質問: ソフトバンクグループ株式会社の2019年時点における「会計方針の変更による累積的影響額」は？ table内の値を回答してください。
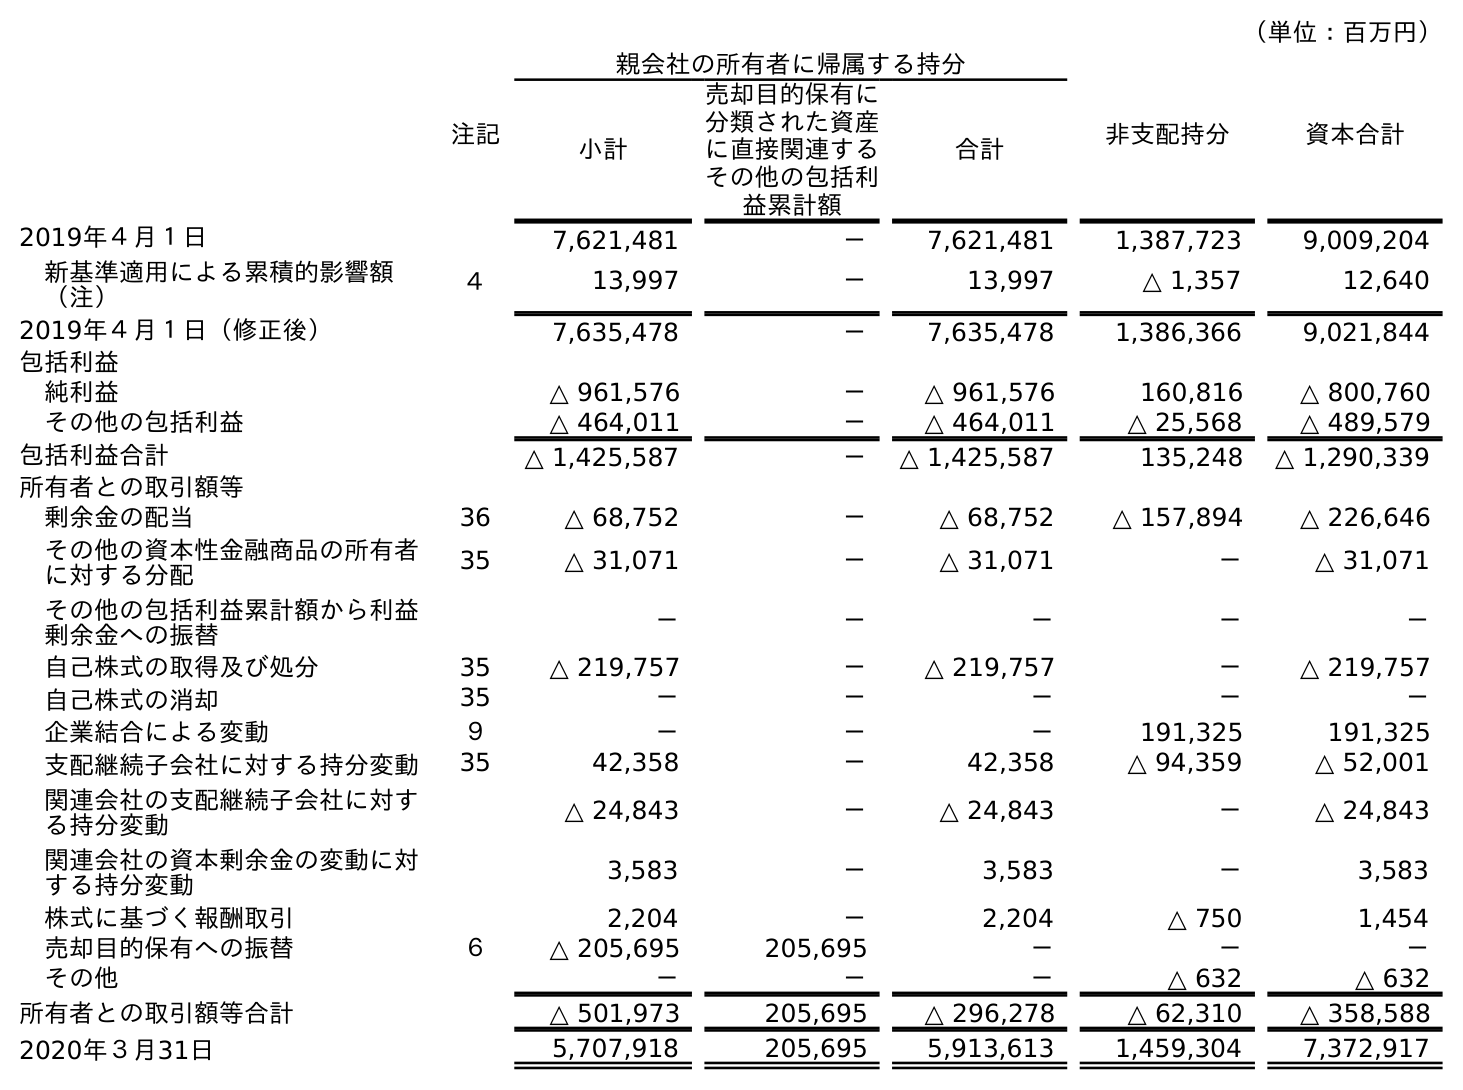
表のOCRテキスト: （単位：百万円） 注記 親会社の所有者に帰属する持分 非支配持分 資本合計 小計 売却目的保有に 分類された資産 に直接関連する その他の包括利 益累計額 合計 2019年４月１日 7,621,481 － 7,621,481 1,387,723 9,009,204 新基準適用による累積的影響額 （注） ４ 13,997 － 13,997 △ 1,357 12,640 2019年４月１日（修正後） 7,635,478 － 7,635,478 1,386,366 9,021,844 包括利益 純利益 △ 961,576 － △ 961,576 160,816 △ 800,760 その他の包括利益 △ 464,011 － △ 464,011 △ 25,568 △ 489,579 包括利益合計 △ 1,425,587 － △ 1,425,587 135,248 △ 1,290,339 所有者との取引額等 剰余金の配当 36 △ 68,752 － △ 68,752 △ 157,894 △ 226,646 その他の資本性金融商品の所有者 に対する分配 35 △ 31,071 － △ 31,071 － △ 31,071 その他の包括利益累計額から利益 剰余金への振替 － － － － － 自己株式の取得及び処分 35 △ 219,757 － △ 219,757 － △ 219,757 自己株式の消却 35 － － － － － 企業結合による変動 ９ － － － 191,325 191,325 支配継続子会社に対する持分変動 35 42,358 － 42,358 △ 94,359 △ 52,001 関連会社の支配継続子会社に対す る持分変動 △ 24,843 － △ 24,843 － △ 24,843 関連会社の資本剰余金の変動に対 する持分変動 3,583 － 3,583 － 3,583 株式に基づく報酬取引 2,204 － 2,204 △ 750 1,454 売却目的保有への振替 ６ △ 205,695 205,695 － － － その他 － － － △ 632 △ 632 所有者との取引額等合計 △ 501,973 205,695 △ 296,278 △ 62,310 △ 358,588 2020年３月31日 5,707,918 205,695 5,913,613 1,459,304 7,372,917
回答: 12,640